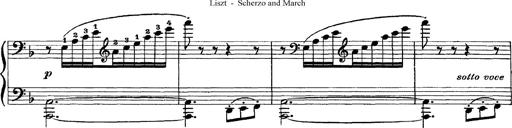
Title: Scherzo und Marsch
Composer: Franz Liszt